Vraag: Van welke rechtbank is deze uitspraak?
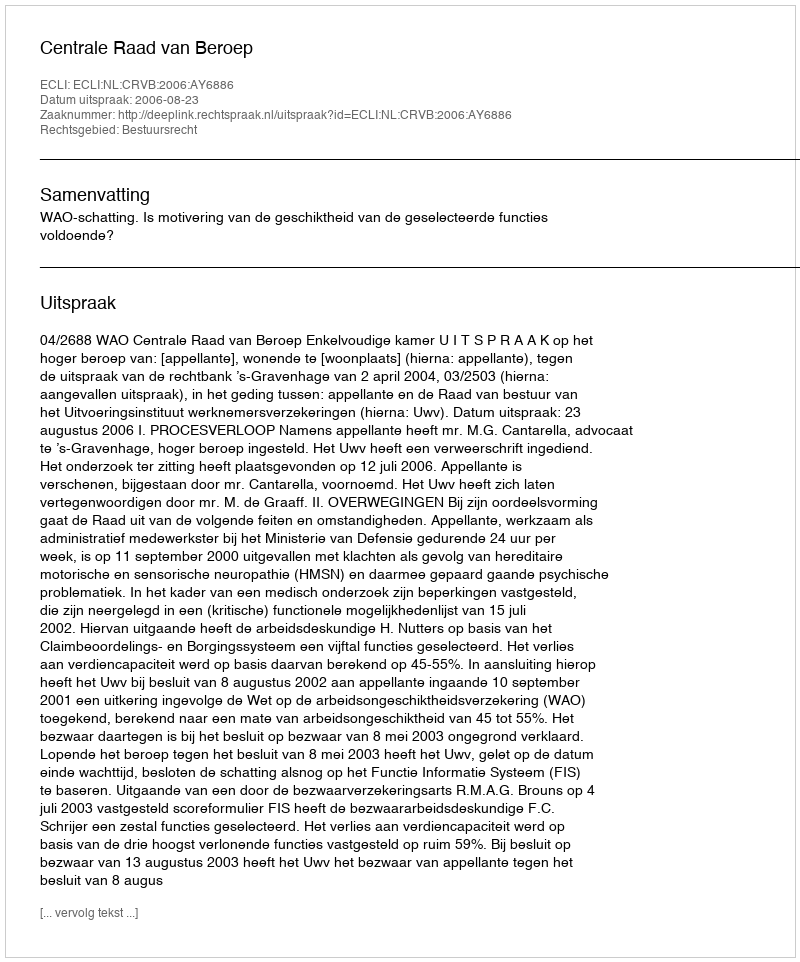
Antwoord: Centrale Raad van Beroep